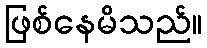
ဖြစ်နေမိသည်။